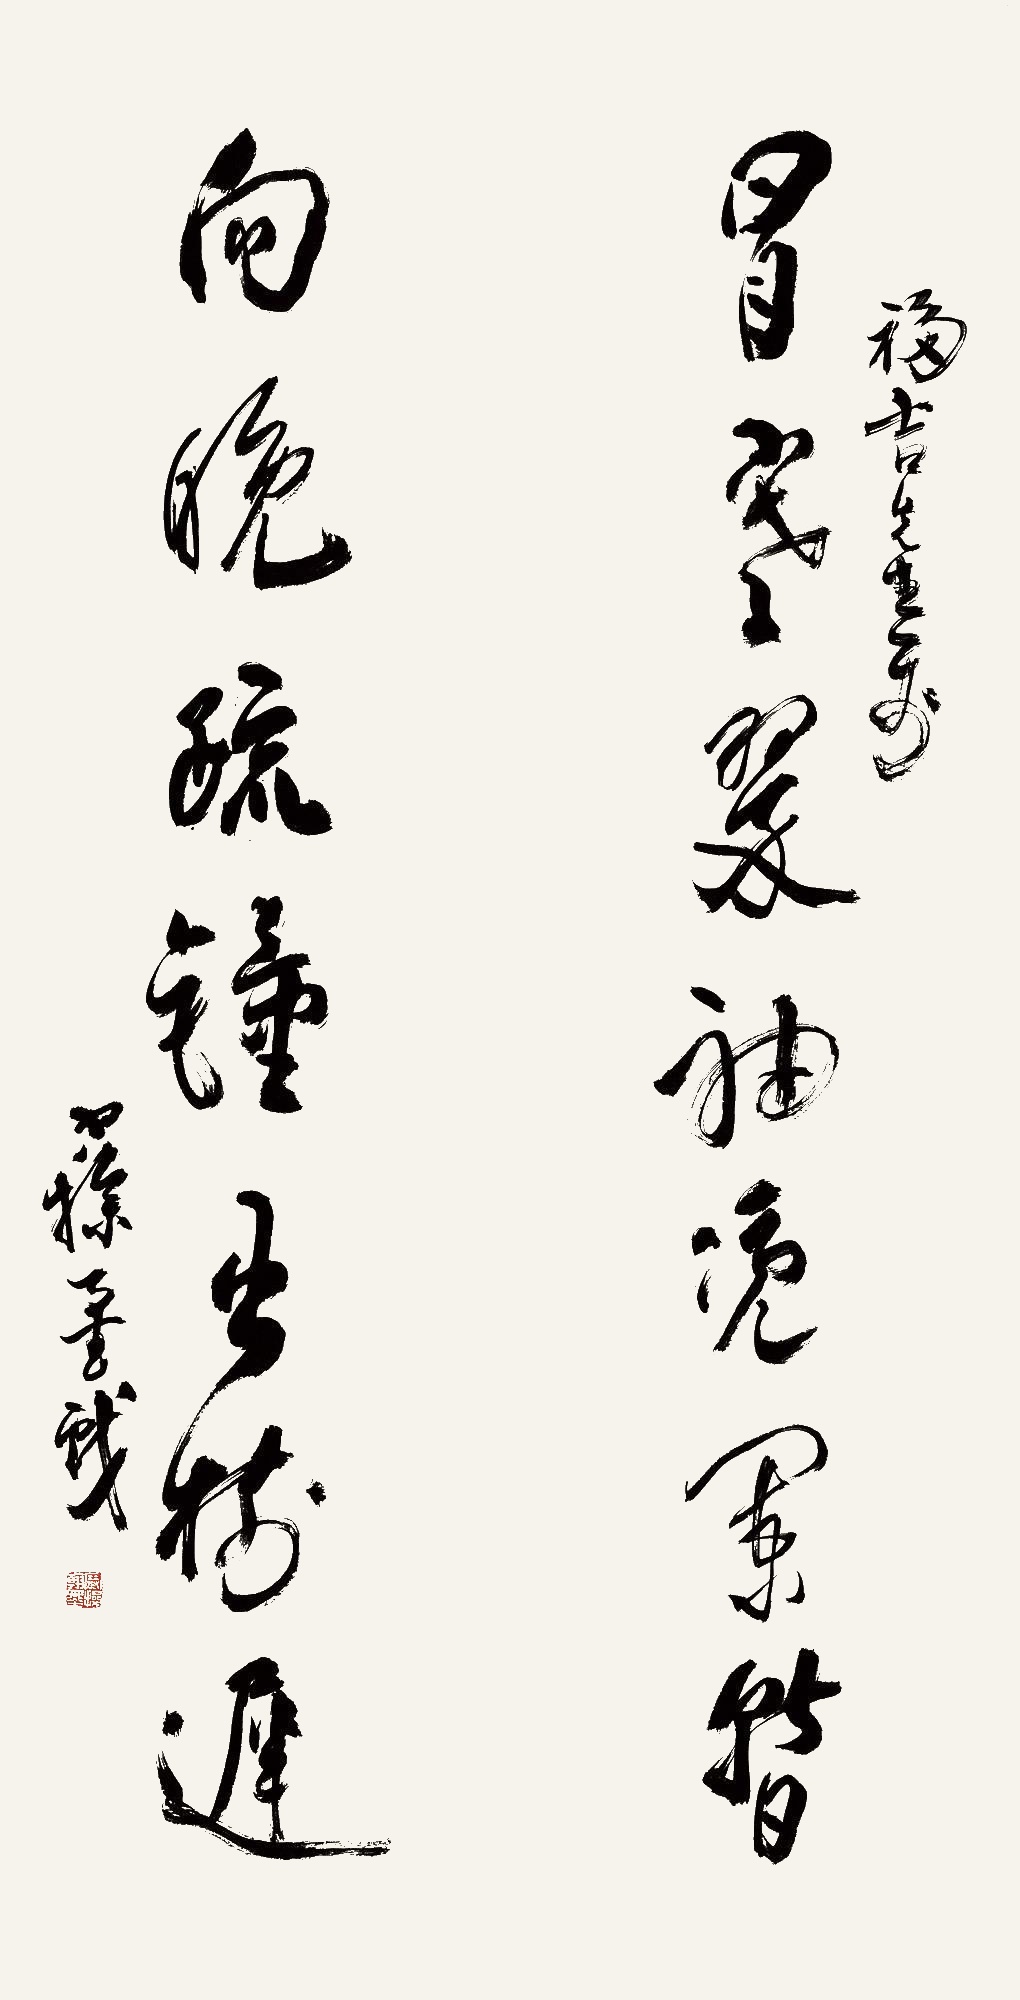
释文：冒寒翠袖凭栏暂，向晚疏钟出树迟。福吉先生属，寒操墨戏。